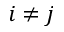
i \neq j